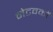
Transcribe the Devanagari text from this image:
नेटवकों